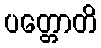
ပတ္တောတိ